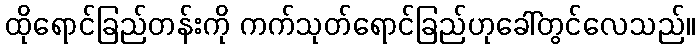
ထိုရောင်ခြည်တန်းကို ကက်သုတ်ရောင်ခြည်ဟုခေါ်တွင်လေသည်။